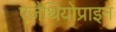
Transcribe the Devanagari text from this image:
एज़ैथियोप्राइन